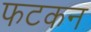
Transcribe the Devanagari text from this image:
फटकन